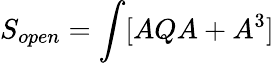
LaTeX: S_{open}=\int[AQA+A^{3}]